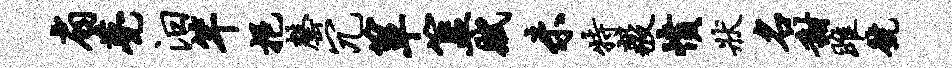
扇甍汨竿挹罄冗箪簋赋未特毅愤状名甜雎号